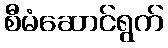
စီမံဆောင်ရွက်